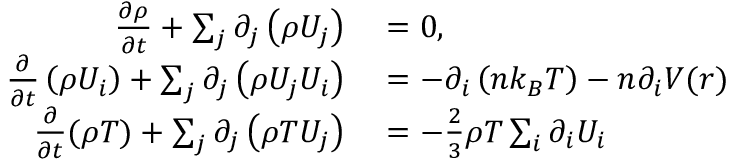
\begin{array} { r l } { \frac { \partial \rho } { \partial t } + \sum _ { j } \partial _ { j } \left( { \rho U _ { j } } \right) } & { { } = 0 , } \\ { \frac { \partial } { \partial t } \left( \rho U _ { i } \right) + \sum _ { j } \partial _ { j } \left( \rho U _ { j } U _ { i } \right) } & { { } = - \partial _ { i } \left( n k _ { B } T \right) - n \partial _ { i } V ( \boldsymbol { r } ) } \\ { \frac { \partial } { \partial t } ( \rho T ) + \sum _ { j } \partial _ { j } \left( \rho T U _ { j } \right) } & { { } = - \frac { 2 } { 3 } \rho T \sum _ { i } \partial _ { i } U _ { i } } \end{array}